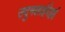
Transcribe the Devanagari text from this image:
उदुमलाईपेट्टई